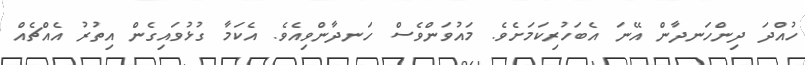
ހުއްދަ ދިންހަނދާން އޭނަ އެބަހުރިކަމަށެވެ. މައުވަންވެސް ހަނދާންވިއެވެ. އެކަމާ ގުޅުވައިގެން އިތުރު އެއްޗެއް